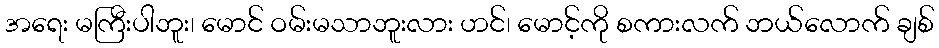
အရေး မကြီးပါဘူး၊ မောင် ဝမ်းမသာဘူးလား ဟင်၊ မောင့်ကို စကားလက် ဘယ်လောက် ချစ်